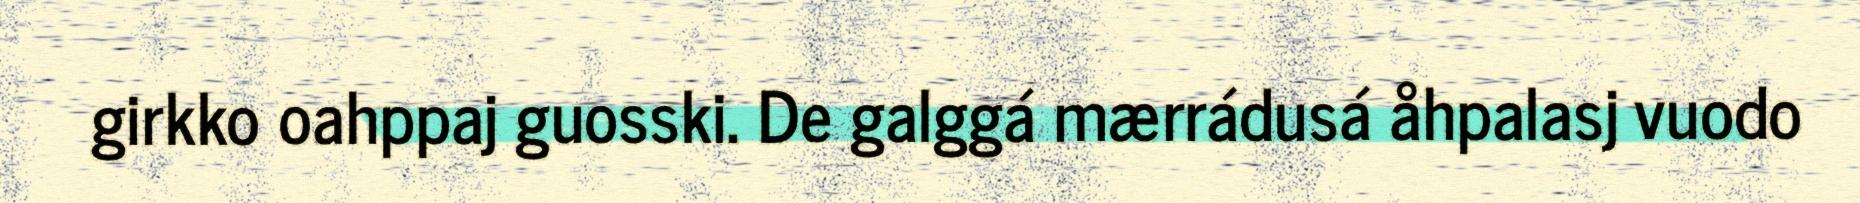
girkko oahppaj guosski. De galggá mærrádusá åhpalasj vuodo